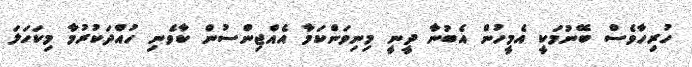
ހުރިހާވެސް ބޭނުމަކީ އެމީހުން އެބުނާ ދީނީ މިނިވަންކަމާ އެއްޖިންސުން ކާވެނި ހުއްދަކުރުމާ މިކަހަލަ